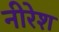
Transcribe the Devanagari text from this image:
नीरेश